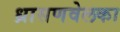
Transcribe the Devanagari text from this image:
ध्रासणवेलका